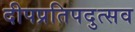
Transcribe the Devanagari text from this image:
दीपप्रतिपदुत्सव